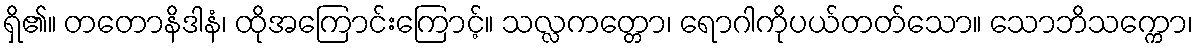
ရှိ၏။ တတောနိဒါနံ၊ ထိုအကြောင်းကြောင့်။ သလ္လကတ္တော၊ ရောဂါကိုပယ်တတ်သော။ သောဘိသက္ကော၊